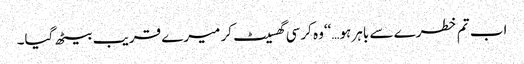
اب تم خطرے سے باہر ہو…‘‘وہ کرسی گھسیٹ کر میرے قریب بیٹھ گیا۔